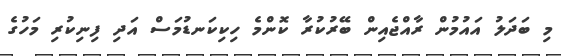
މި ބަދަލު އައުމުން ރާއްޖެއިން ބޭރުކުރާ ކޮންމެ ހިކިކަނޑުމަސް އަދި ފިނިކުރި މަހުގެ